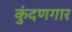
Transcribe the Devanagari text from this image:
कुंदणगार